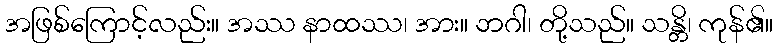
အဖြစ်ကြောင့်လည်း။ အဿ နာထဿ၊ အား။ ဘဂါ၊ တို့သည်။ သန္တိ၊ ကုန်၏။